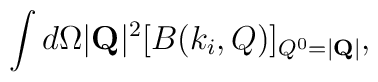
\int d\Omega |{\bf Q}|^2[B(k_i, Q)]_{Q^0=|{\bf Q}|},